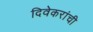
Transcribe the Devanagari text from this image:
दिवेकरांची